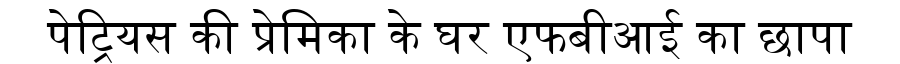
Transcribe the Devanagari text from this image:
पेट्रियस की प्रेमिका के घर एफबीआई का छापा